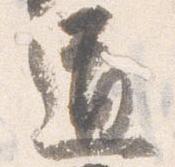
道